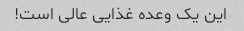
این یک وعده غذایی عالی است!